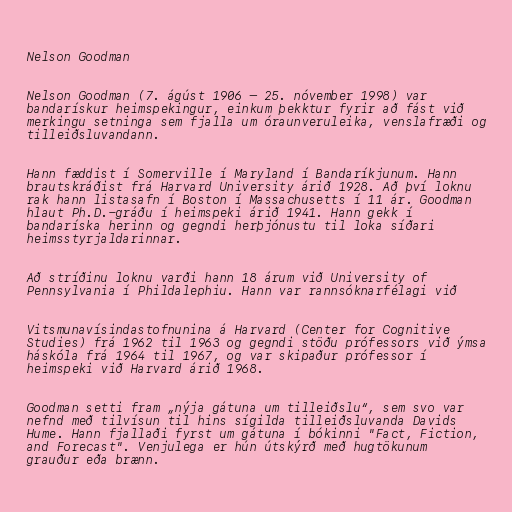
Nelson Goodman

Nelson Goodman (7. ágúst 1906 – 25. nóvember 1998) var
bandarískur heimspekingur, einkum þekktur fyrir að fást við
merkingu setninga sem fjalla um óraunveruleika, venslafræði og
tilleiðsluvandann.

Hann fæddist í Somerville í Maryland í Bandaríkjunum. Hann
brautskráðist frá Harvard University árið 1928. Að því loknu
rak hann listasafn í Boston í Massachusetts í 11 ár. Goodman
hlaut Ph.D.-gráðu í heimspeki árið 1941. Hann gekk í
bandaríska herinn og gegndi herþjónustu til loka síðari
heimsstyrjaldarinnar.

Að stríðinu loknu varði hann 18 árum við University of
Pennsylvania í Phildalephiu. Hann var rannsóknarfélagi við

Vitsmunavísindastofnunina á Harvard (Center for Cognitive
Studies) frá 1962 til 1963 og gegndi stöðu prófessors við ýmsa
háskóla frá 1964 til 1967, og var skipaður prófessor í
heimspeki við Harvard árið 1968.

Goodman setti fram „nýja gátuna um tilleiðslu“, sem svo var
nefnd með tilvísun til hins sígilda tilleiðsluvanda Davids
Hume. Hann fjallaði fyrst um gátuna í bókinni "Fact, Fiction,
and Forecast". Venjulega er hún útskýrð með hugtökunum
grauður eða brænn.